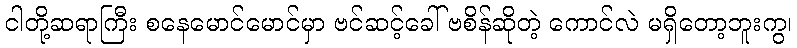
ငါတို့ဆရာကြီး စနေမောင်မောင်မှာ ဗင်ဆင့်ခေါ် ဗစိန်ဆိုတဲ့ ကောင်လဲ မရှိတော့ဘူးကွ၊